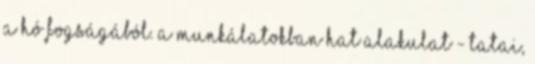
a hó fogságából. A munkálatokban hat alakulat - tatai,